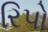
રિપો